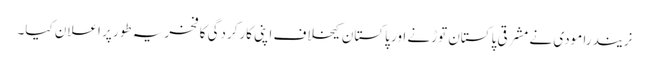
نریندرا مودی نے مشرقی پاکستان توڑنے اور پاکستان کیخلاف اپنی کارکردگی کا فخریہ طور پر اعلان کیا۔